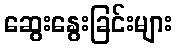
ဆွေးနွေးခြင်းများ